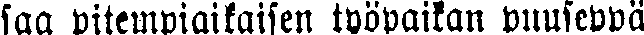
saa pitempiaikaisen työpaikan puuseppä